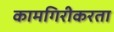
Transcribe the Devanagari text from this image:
कामगिरीकरता